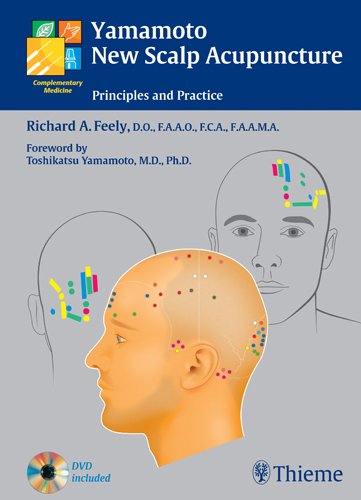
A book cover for Yamamoto New Scalp Acupuncture: Principles and Practice; Richard A. Feely; Medical Books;